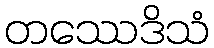
တဿေဒိသံ